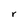
Character: r